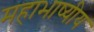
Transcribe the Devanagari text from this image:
महाभाष्यीय